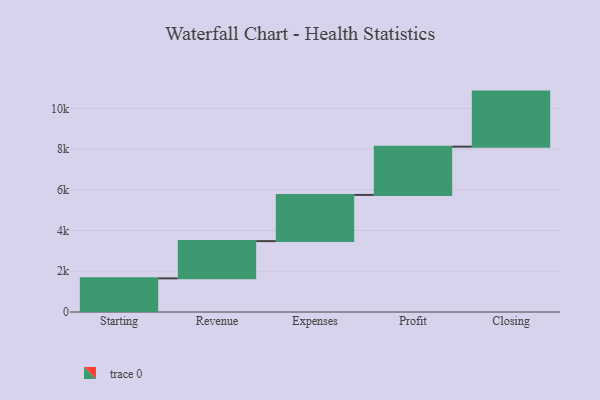
{"axis": {"x": "Step", "y": "Value"}, "legend": [""], "data": [{"x": "Starting", "y": 1652.0, "type": ""}, {"x": "Revenue", "y": 1829.0, "type": ""}, {"x": "Expenses", "y": 2268.0, "type": ""}, {"x": "Profit", "y": 2371.0, "type": ""}, {"x": "Closing", "y": 2703.0, "type": ""}]}